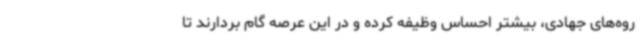
روه‌های جهادی، بیشتر احساس وظیفه کرده و در این عرصه گام بردارند تا